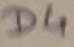
Text: D4